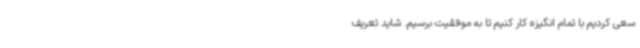
سعی کردیم با تمام انگیزه کار کنیم تا به موفقیت برسیم. شاید تعریف